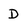
Character: D